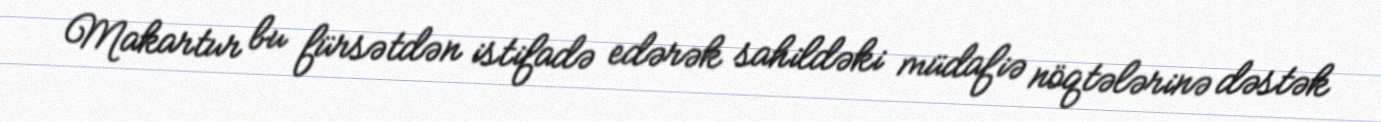
Makartur bu fürsətdən istifadə edərək sahildəki müdafiə nöqtələrinə dəstək